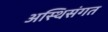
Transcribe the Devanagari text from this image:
अस्थिसंगत